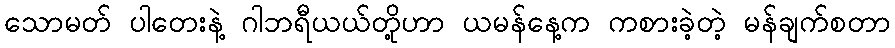
သောမတ် ပါတေးနဲ့ ဂါဘရီယယ်တို့ဟာ ယမန်နေ့က ကစားခဲ့တဲ့ မန်ချက်စတာ